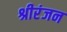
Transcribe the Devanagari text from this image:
श्रीरंजन